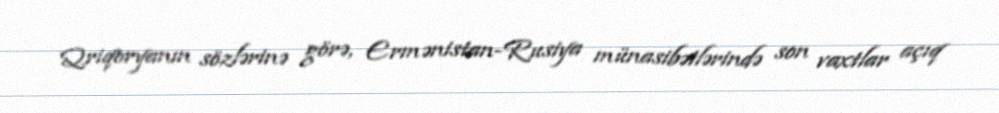
Qriqoryanın sözlərinə görə, Ermənistan-Rusiya münasibətlərində son vaxtlar açıq